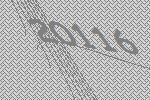
20116